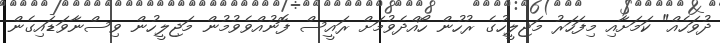
ދުވަހެއް" ކަމަށާއި މިފަހަރު މަޖިލީހުގެ ރުހުން ހޯއްދެވުމަށް ރައީސް ފޮނުއްވެވުމުން މަޖިލީހުން ވިސްނާވަޑައިގެން